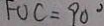
F O C = 9 0 ^ { \circ }